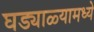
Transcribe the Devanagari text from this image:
घड्याळ्यामध्ये